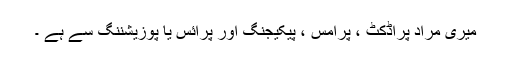
میری مراد پراڈکٹ ، پرامس ، پیکیجنگ اور پرائس یا پوزیشننگ سے ہے ۔